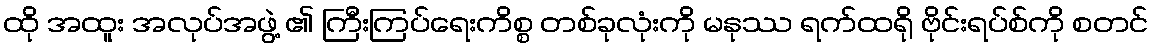
ထို အထူး အလုပ်အဖွဲ့ ၏ ကြီးကြပ်ရေးကိစ္စ တစ်ခုလုံးကို မနုဿ ရက်ထရို ဗိုင်းရပ်စ်ကို စတင်